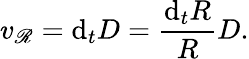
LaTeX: v_{\mathscr{R}}=\mathrm{d}_{t}D={\frac{{\mathrm{d}_{t}R}}{{R}}}D.